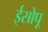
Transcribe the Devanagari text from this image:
ईसोपू